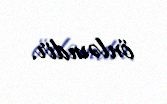
önləmdir.